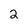
Character: 2